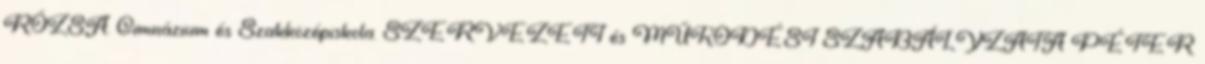
RÓZSA. Gimnázium és Szakközépiskola. SZERVEZETI és MŰKÖDÉSI SZABÁLYZATA PÉTER